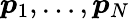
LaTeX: \boldsymbol{p}_{1},\dots,\boldsymbol{p}_{N}